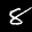
Label: 8